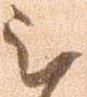
被